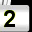
Digit: 2